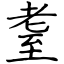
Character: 耋